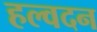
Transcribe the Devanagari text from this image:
हल्वदन